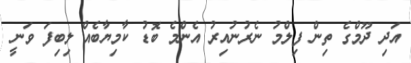
އަދި ދޫމްގެ ތިން ފިލްމު ނެރުނުއިރު އެންމެ ބޮޑު ކާމިޔާބެއް ލިބިފަ ވަނީ